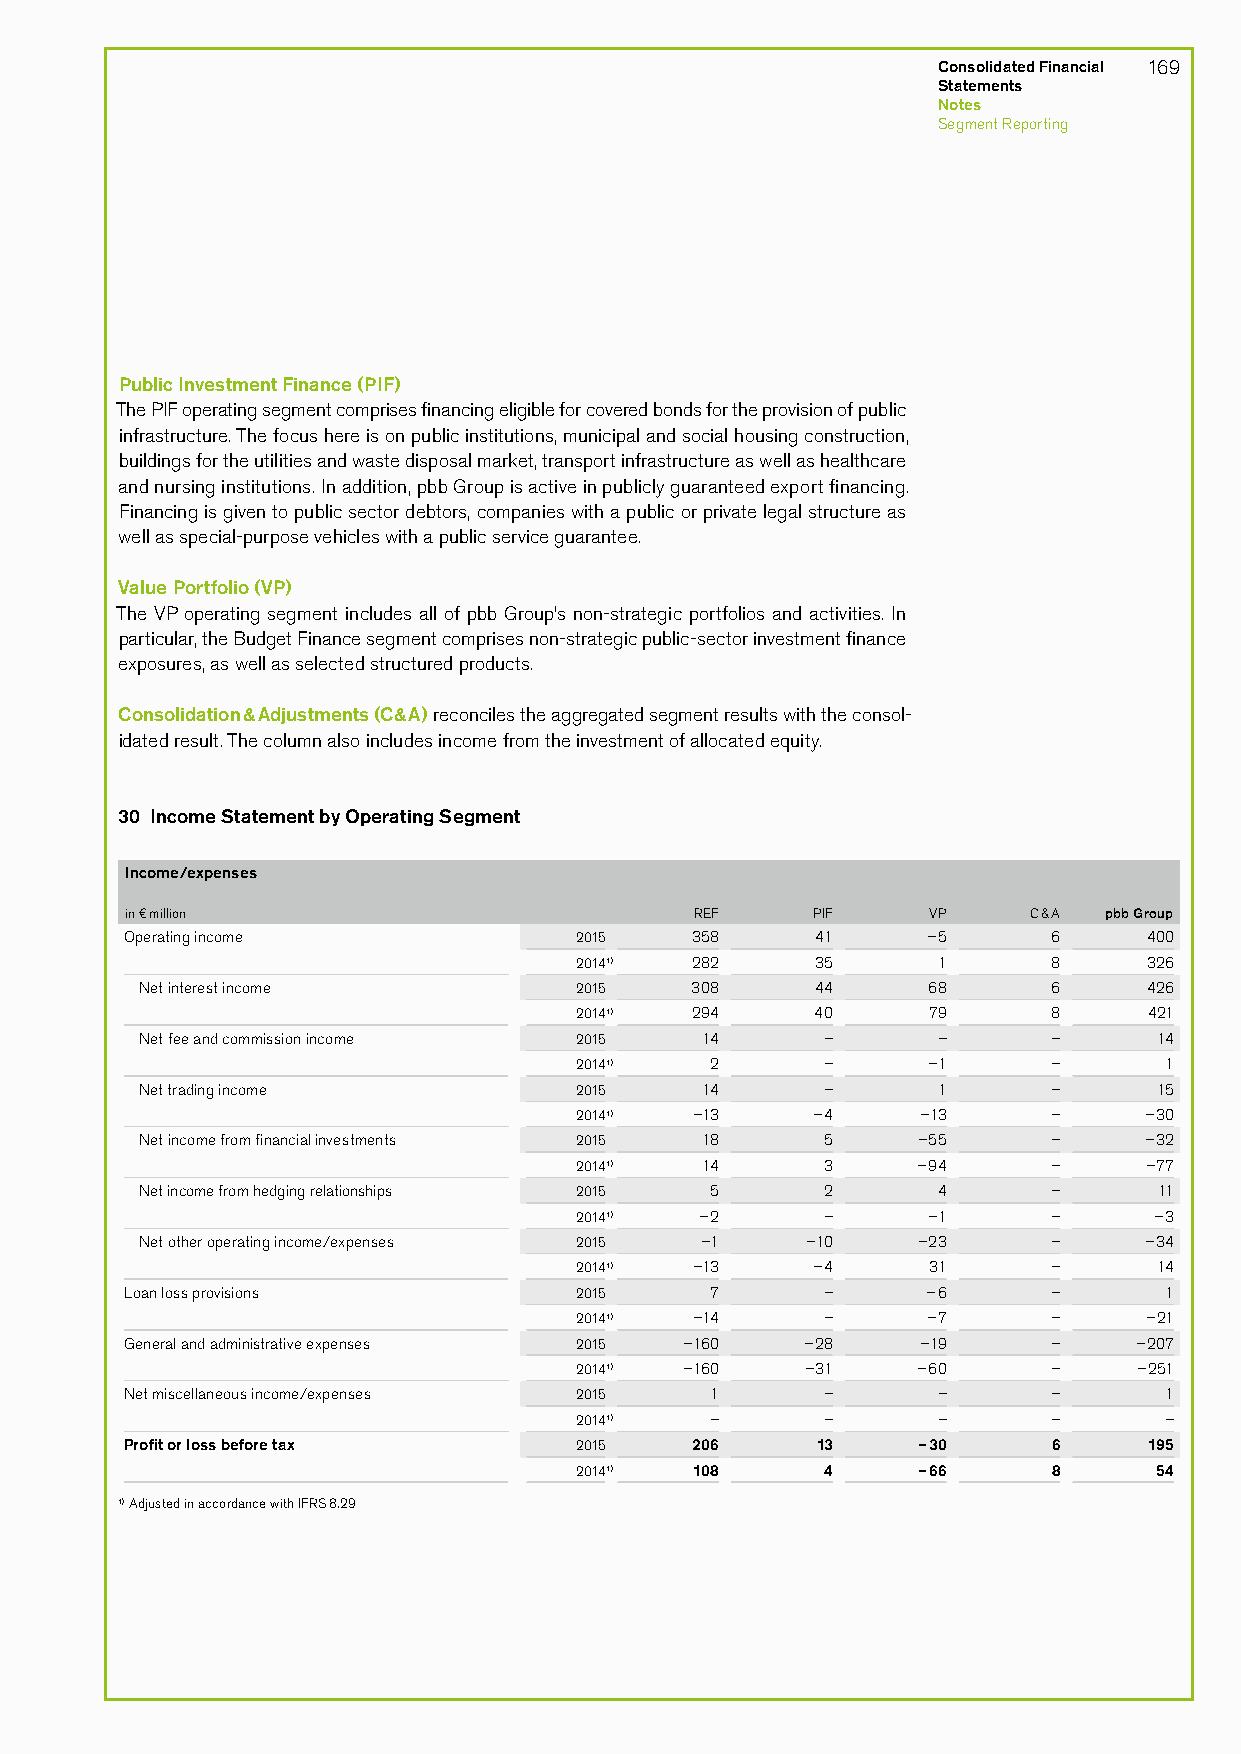
Consolidated Financial 169
 Statements
 Notes
 Segment Reporting
 Public Investment Finance (PIF)
 The PIF operating segment comprises financing eligible for covered bonds for the provision of public
 infrastructure. The focus here is on public institutions, municipal and social housing construction,
 buildings for the utilities and waste disposal market, transport infrastructure as well as healthcare
 and nursing institutions. In addition, pbb Group is active in publicly guaranteed export financing.
 Financing is given to public sector debtors, companies with a public or private legal structure as
 well as special-purpose vehicles with a public service guarantee.
 Value Portfolio (VP)
 The VP operating segment includes all of pbb Group’s non-strategic portfolios and activities. In
 particular, the Budget Finance segment comprises non-strategic public-sector investment finance
 exposures, as well as selected structured products.
 Consolidation & Adjustments (C&A) reconciles the aggregated segment results with the consol-
 idated result. The column also includes income from the investment of allocated equity.
 30 Income Statement by Operating Segment
 Income/expenses
 in € million                          REF     PIF    VP     C & A pbb Group
 Operating income              2015    358     41     –5       6     400
 20141)  282     35      1       8     326
 Net interest income          2015    308     44     68       6     426
 20141)  294     40     79       8     421
 Net fee and commission income 2015   14       –      –       –      14
 20141)   2       –     –1       –      1
 Net trading income           2015    14       –      1       –      15
 20141)  –13     –4     –13      –     –30
 Net income from financial investments 2015 18 5     –55      –     –32
 20141)  14       3     –94      –     –77
 Net income from hedging relationships 2015 5  2      4       –      11
 20141)  –2       –     –1       –     –3
 Net other operating income/expenses 2015 –1 –10     –23      –     –34
 20141)  –13     –4     31       –      14
 Loan loss provisions          2015     7       –     –6       –      1
 20141)  –14      –     –7       –     –21
 General and administrative expenses 2015 –160 –28    –19      –    –207
 20141) –160    –31     –60      –    –251
 Net miscellaneous income/expenses 2015 1       –      –       –      1
 20141)   –       –      –       –      –
 Profit or loss before tax     2015    206     13     –30      6     195
 20141)  108      4     –66      8      54
 1) Adjusted in accordance with IFRS 8.29